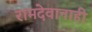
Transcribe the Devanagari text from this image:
रामदेवानाही